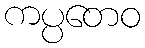
ကပ္ပတေဝ